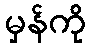
မှန်ကို